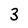
Character: 3